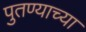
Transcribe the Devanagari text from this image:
पुतण्याच्या